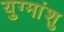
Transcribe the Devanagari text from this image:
युग्मांशु